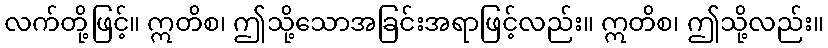
လက်တို့ဖြင့်။ ဣတိစ၊ ဤသို့သောအခြင်းအရာဖြင့်လည်း။ ဣတိစ၊ ဤသို့လည်း။